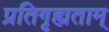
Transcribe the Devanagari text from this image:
प्रतिगृह्यताम्